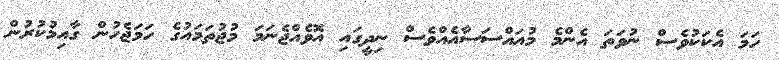
ހަމަ އެކަކުވެސް ނުވަތަ އެންމެ މުއައްސަސާއެއްވެސް ނިދީގައި އޮވެއްޖެނަމަ މުޖުތަމައުގެ ހަމަޖެހުން ގާއިމުކުރުން